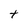
Character: t